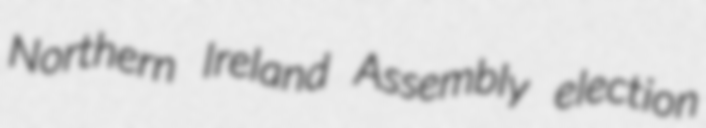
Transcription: Northern Ireland Assembly election